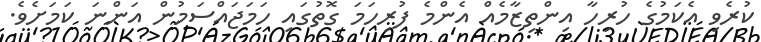
ކުރެވި އެކަމުގެ ހުރިހާ އިންތިޒާމެއް އެންމެ ފުރިހަމަ ގޮތުގައި ހަމަޖައްސަމުން އަންނަ ކަމަށެވެ.